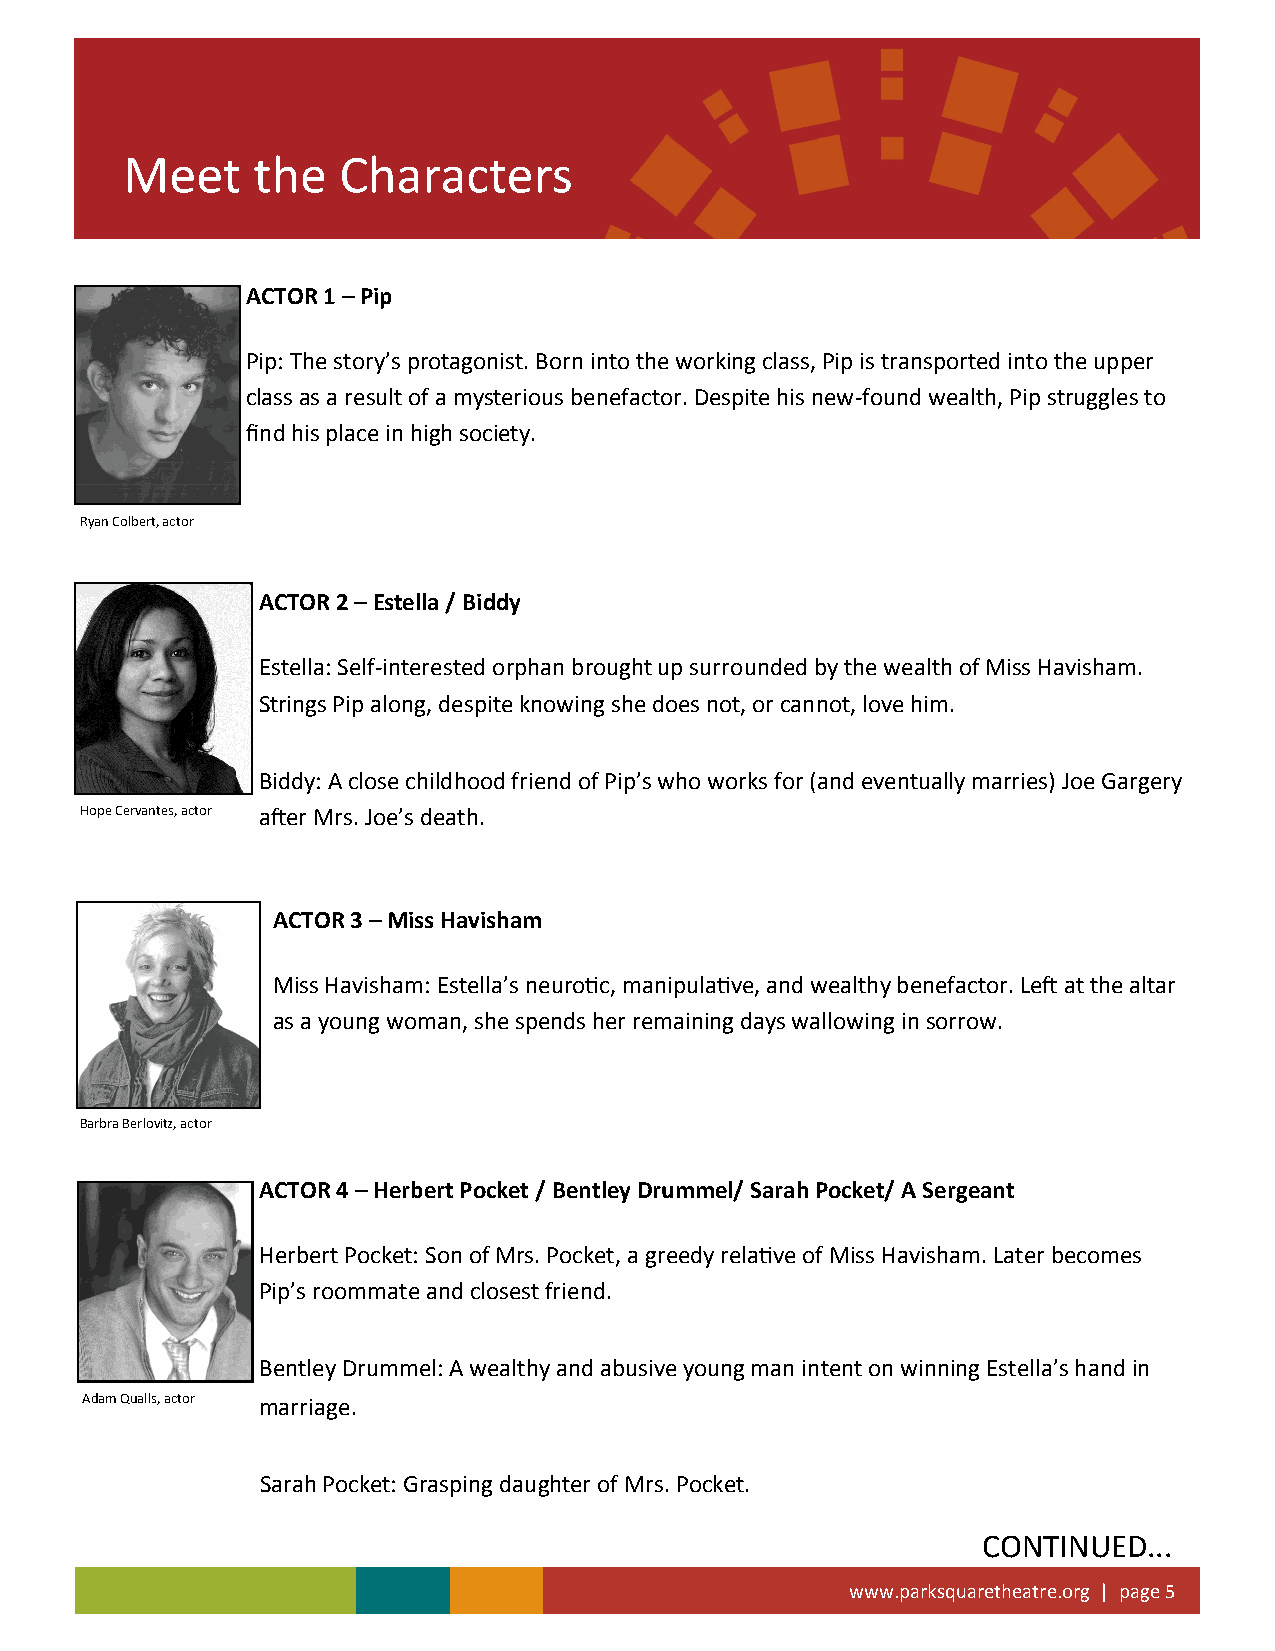
Meet     the  Characters
 ACTOR 1 – Pip
 Pip: The story’s protagonist. Born into the working class, Pip is transported into the upper
 class as a result of a mysterious benefactor. Despite his new-found wealth, Pip struggles to
 find his place in high society.
 Ryan Colbert, actor
 ACTOR 2 – Estella / Biddy
 Estella: Self-interested orphan brought up surrounded by the wealth of Miss Havisham.
 Strings Pip along, despite knowing she does not, or cannot, love him.
 Biddy: A close childhood friend of Pip’s who works for (and eventually marries) Joe Gargery
 Hope Cervantes, actor after Mrs. Joe’s death.
 ACTOR 3 – Miss Havisham
 Miss Havisham: Estella’s neurotic, manipulative, and wealthy benefactor. Left at the altar
 as a young woman, she spends her remaining days wallowing in sorrow.
 Barbra Berlovitz, actor
 ACTOR 4 – Herbert Pocket / Bentley Drummel/ Sarah Pocket/ A Sergeant
 Herbert Pocket: Son of Mrs. Pocket, a greedy relative of Miss Havisham. Later becomes
 Pip’s roommate and closest friend.
 Bentley Drummel: A wealthy and abusive young man intent on winning Estella’s hand in
 Adam Qualls, actor marriage.
 Sarah Pocket: Grasping daughter of Mrs. Pocket.
 CONTINUED...
 www.parksquaretheatre.org | page 5